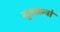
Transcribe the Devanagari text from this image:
गुरुमन्त्रो